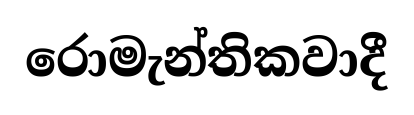
රොමැන්තිකවාදී